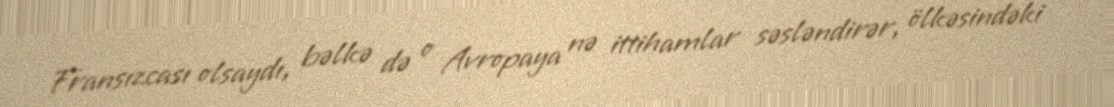
Fransızcası olsaydı, bəlkə də o Avropaya nə ittihamlar səsləndirər, ölkəsindəki